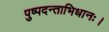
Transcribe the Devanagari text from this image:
पुष्पदन्ताभिधानः।